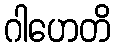
ဂါဟေတိ